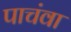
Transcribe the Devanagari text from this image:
पाचंवा